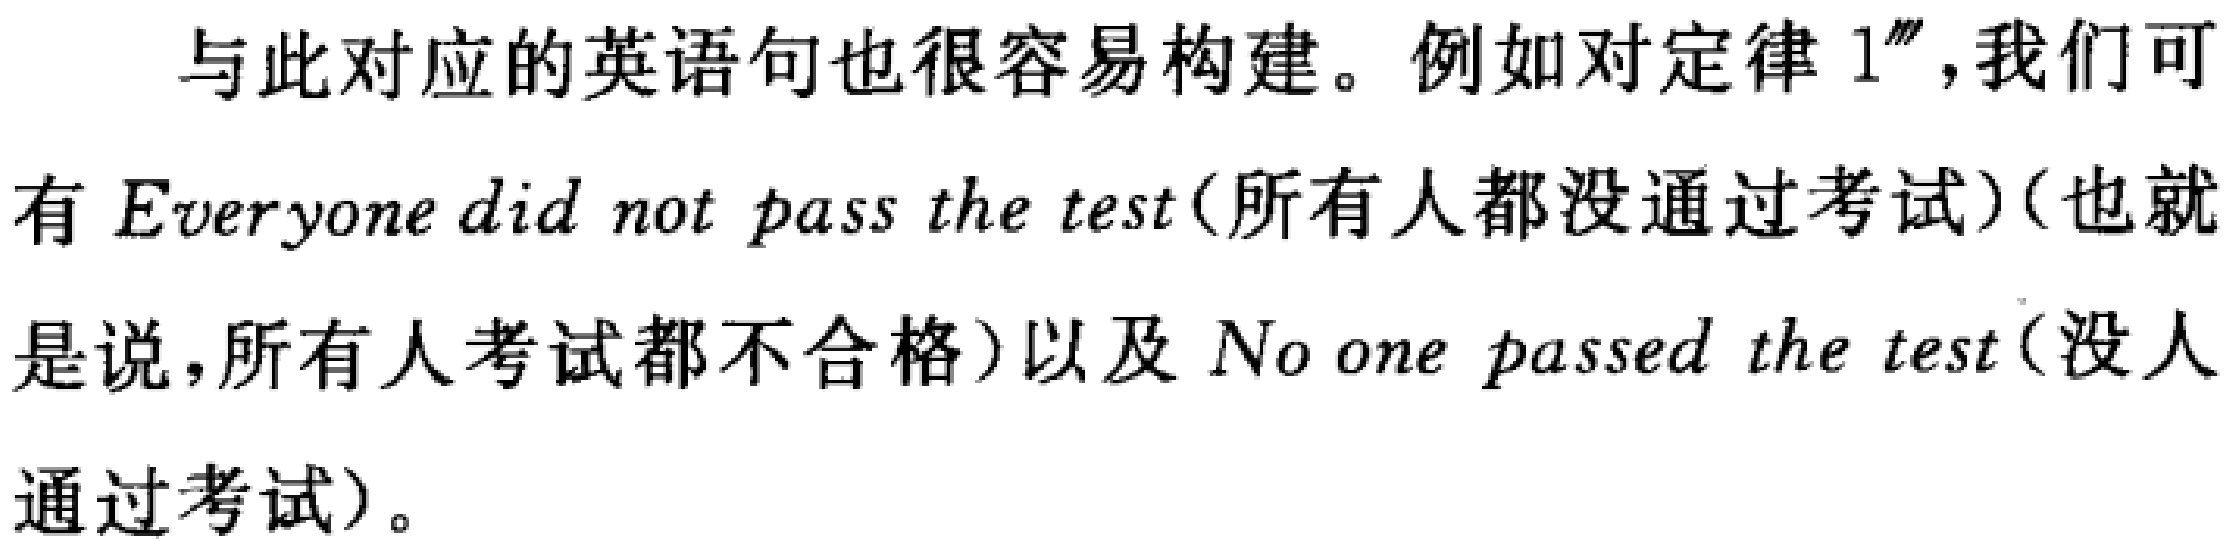
与此对应的英语句也很容易构建。例如对定律1'''，我们可有 Everyone did not pass the test(所有人都没通过考试)(也就是说，所有人考试都不合格)以及 No one passed the test(没人通过考试)。